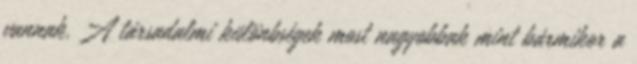
vannak. A társadalmi különbségek most nagyobbak mint bármikor a